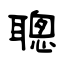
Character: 聰